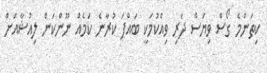
ކިތަންމެ ގޯސް ވިޔަސް ދަރި ވިއްކުމަކީ ބައްޕަ ކުރާނެ ކަމެއް ނޫންކަން ލިއުޝާއަށް